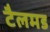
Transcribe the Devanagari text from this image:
टैलमड